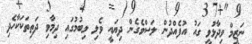
ނަޒީމް ވިދާޅުވީ ގައު އުފެއްދުން ލަސްވެގެން ދިޔައީ ވެލި ލިބުމުގައި ދިމާވި ދަތިތަކަކާހެދި